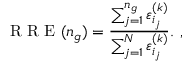
\mathrm { ~ R ~ R ~ E ~ } ( n _ { g } ) = \frac { \sum _ { j = 1 } ^ { n _ { g } } \varepsilon _ { i _ { j } } ^ { ( k ) } } { \sum _ { j = 1 } ^ { N } \varepsilon _ { i _ { j } } ^ { ( k ) } } . \mathrm { ~ , ~ }